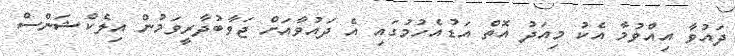
ދައުވާ އިއްވުމާ އެކު މިއަދު އޮތް އަޑުއެހުމުގައި އެ ދައުވާއަށް ޖަވާބުދާރީވަމުން އިލެކްޝަންސް